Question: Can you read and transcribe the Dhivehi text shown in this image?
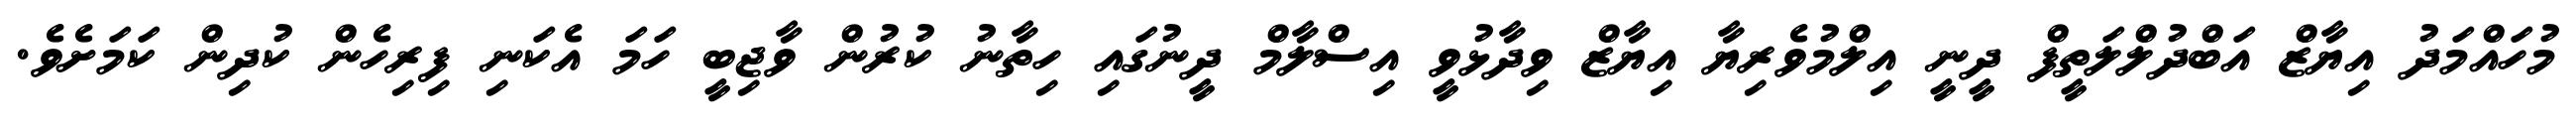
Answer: މުހައްމަދު އިޔާޒް އަބްދުލްލަތީފް ދީނީ އިލްމުވެރިޔާ އިޔާޒް ވިދާޅުވީ އިސްލާމް ދީނުގައި ހިތާނު ކުރުން ވާޖިބީ ހަމަ އެކަނި ފިރިހެން ކުދިން ކަމަށެވެ.